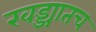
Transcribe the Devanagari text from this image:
खड्ड्यातच